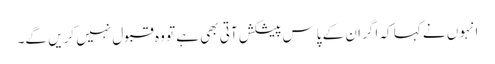
انہوں نے کہا کہ اگر ان کے پاس پیشکش آتی بھی ہے تو وہ قبول نہیں کریں گے۔